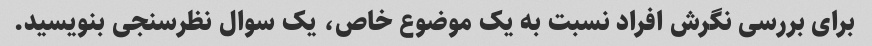
برای بررسی نگرش افراد نسبت به یک موضوع خاص، یک سوال نظرسنجی بنویسید.